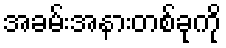
အခမ်းအနားတစ်ခုကို